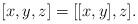
LaTeX: \begin{align*}[x,y,z]=[[x,y],z].\end{align*}